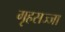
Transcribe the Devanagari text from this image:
गृहसज्जा